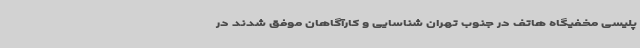
پلیسی مخفیگاه هاتف در جنوب تهران شناسایی و کارآگاهان موفق شدند در